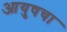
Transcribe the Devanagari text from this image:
आयुषचा